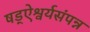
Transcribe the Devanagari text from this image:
षड्ऐश्वर्यसंपन्न